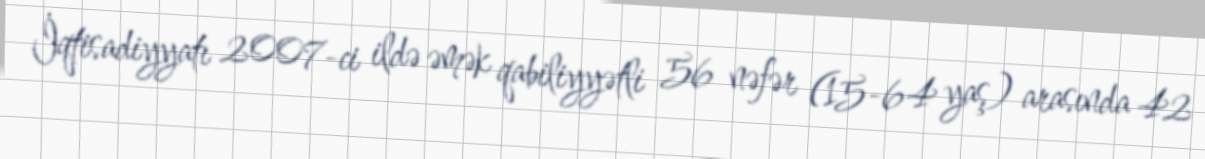
İqtisadiyyatı 2007-ci ildə əmək qabiliyyətli 56 nəfər (15-64 yaş) arasında 42